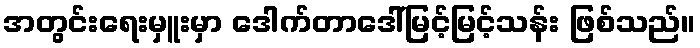
အတွင်းရေးမှူးမှာ ဒေါက်တာဒေါ်မြင့်မြင့်သန်း ဖြစ်သည်။